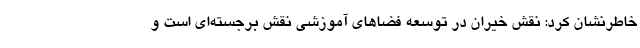
خاطرنشان کرد: نقش خیران در توسعه فضاهای آموزشی نقش برجسته‌ای است و